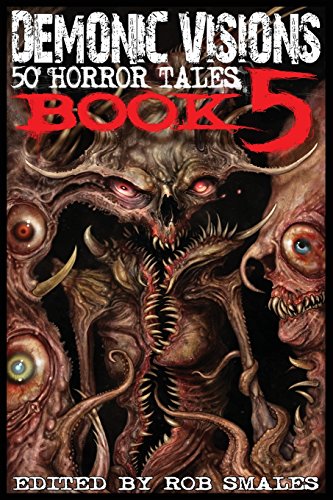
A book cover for Demonic Visions 50 Horror Tales Book 5; Romance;